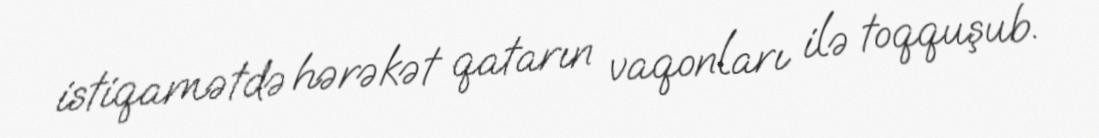
istiqamətdə hərəkət qatarın vaqonları ilə toqquşub.